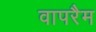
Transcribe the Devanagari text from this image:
वापरैम